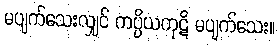
မပျက်သေးလျှင် ကပ္ပိယကုဋိ မပျက်သေး။